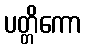
ပတ္တိကော